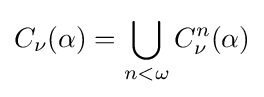
C_{\nu }(\alpha )=\bigcup _{n<\omega }C_{\nu }^{n}(\alpha )